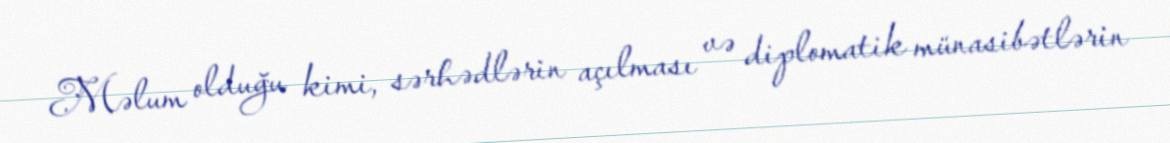
Məlum olduğu kimi, sərhədlərin açılması və diplomatik münasibətlərin